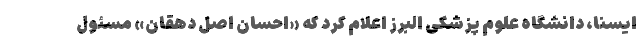
ایسنا، دانشگاه علوم پزشکی البرز اعلام کرد که «احسان اصل دهقان» مسئول